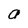
Character: a